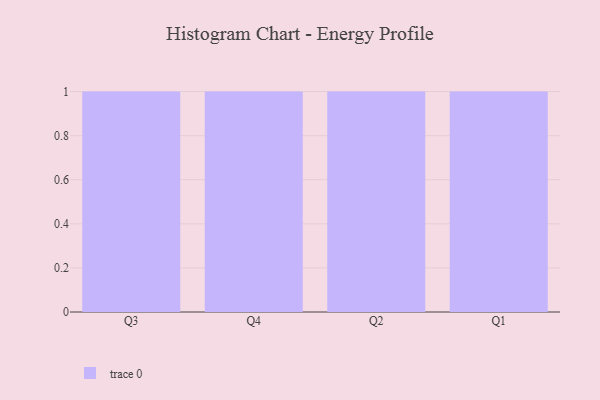
{"axis": {"x": "Quarter", "y": "Latency (ms)"}, "legend": [""], "data": [{"x": "Q3", "y": 10, "type": ""}, {"x": "Q4", "y": 11, "type": ""}, {"x": "Q2", "y": 35, "type": ""}, {"x": "Q1", "y": 87, "type": ""}]}